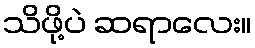
သိဖို့ပဲ ဆရာလေး။